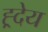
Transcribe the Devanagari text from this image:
ह्र्देय